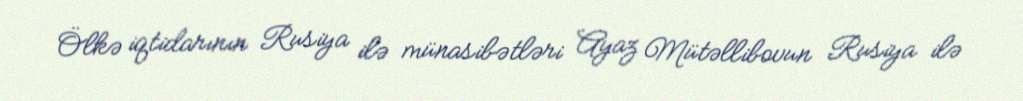
Ölkə iqtidarının Rusiya ilə münasibətləri Ayaz Mütəllibovun Rusiya ilə